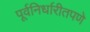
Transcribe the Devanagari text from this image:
पूर्वनिर्धारीतपणे